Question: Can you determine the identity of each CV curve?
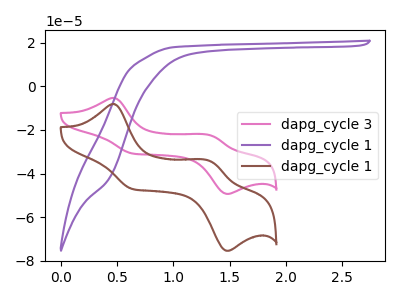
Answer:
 <answer>The pink curve is labeled "dapg_cycle 3". The purple curve is labeled "dapg_cycle 1". The brown curve is labeled "dapg_cycle 1".</answer>
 <eval></eval>